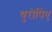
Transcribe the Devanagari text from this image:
युरोपिए